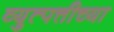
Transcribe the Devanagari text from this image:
व्युत्पत्तीच्या